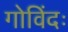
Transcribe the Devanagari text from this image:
गोविंदः